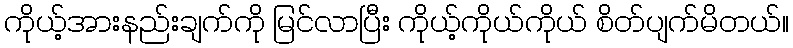
ကိုယ့်အားနည်းချက်ကို မြင်လာပြီး ကိုယ့်ကိုယ်ကိုယ် စိတ်ပျက်မိတယ်။